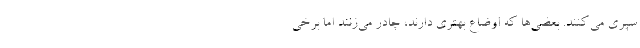
سپری می‌کنند. بعضی‌ها که اوضاع بهتری دارند، چادر می‌زنند اما برخی